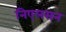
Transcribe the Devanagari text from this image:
निएलसन